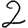
Digit: 2